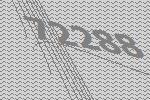
72288